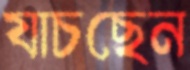
যাচছেন